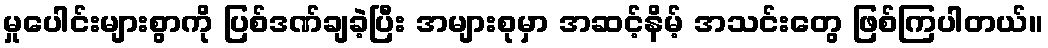
မှုပေါင်းများစွာကို ပြစ်ဒဏ်ချခဲ့ပြီး အများစုမှာ အဆင့်နိမ့် အသင်းတွေ ဖြစ်ကြပါတယ်။